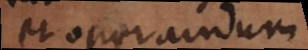
t operandum.